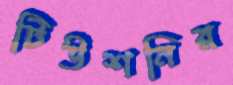
টিউশনির